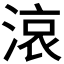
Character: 𪶦